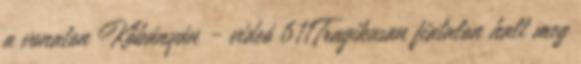
a vonaton Kőbányán - videó 611Tragikusan fiatalon halt meg